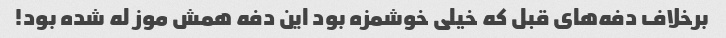
برخلاف دفه‌های قبل که خیلی خوشمزه بود این دفه همش موز له شده بود!